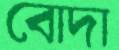
বোদা